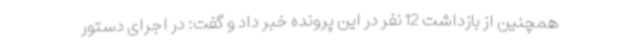
همچنین از بازداشت 12 نفر در این پرونده خبر داد و گفت: در اجرای دستور